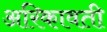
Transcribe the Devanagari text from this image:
अरिकावती